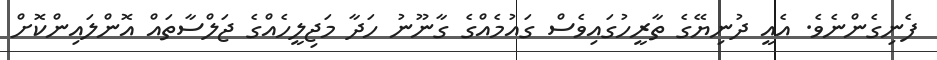
ފެނިގެންނެވެ. އެއީ ދުނިޔޭގެ ތާރީހުގައިވެސް ގައުމެއްގެ ގާނޫނު ހަދާ މަޖިލީހެއްގެ ޖަލްސާތައް އޮންލައިންކޮށް